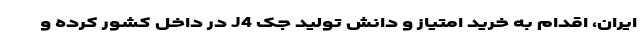
ایران، اقدام به خرید امتیاز و دانش تولید جک J4 در داخل کشور کرده و